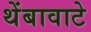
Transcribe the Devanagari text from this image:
थेंबावाटे